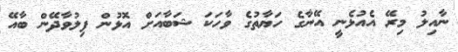
ނާއިލު މިރޭ އެއުޅެނީ އޭނާގެ ހަޔާތުގެ ވާހަކަ ޝަބާއަށް އޮޅުން ފިލުވާދޭން ބާއޭ